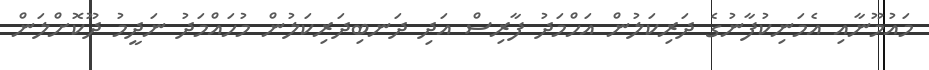
މައުމޫނާއި އެމަނިކުފާނުގެ ދަރިކަލުން އަހްމަދު ފާރިސް އަދި ދަނބިދަރިކަލުން މުހައްމަދު ނަދީމު ދޫކޮށްލަން